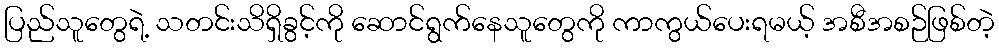
ပြည်သူတွေရဲ့ သတင်းသိရှိခွင့်ကို ဆောင်ရွက်နေသူတွေကို ကာကွယ်ပေးရမယ့် အစီအစဉ်ဖြစ်တဲ့